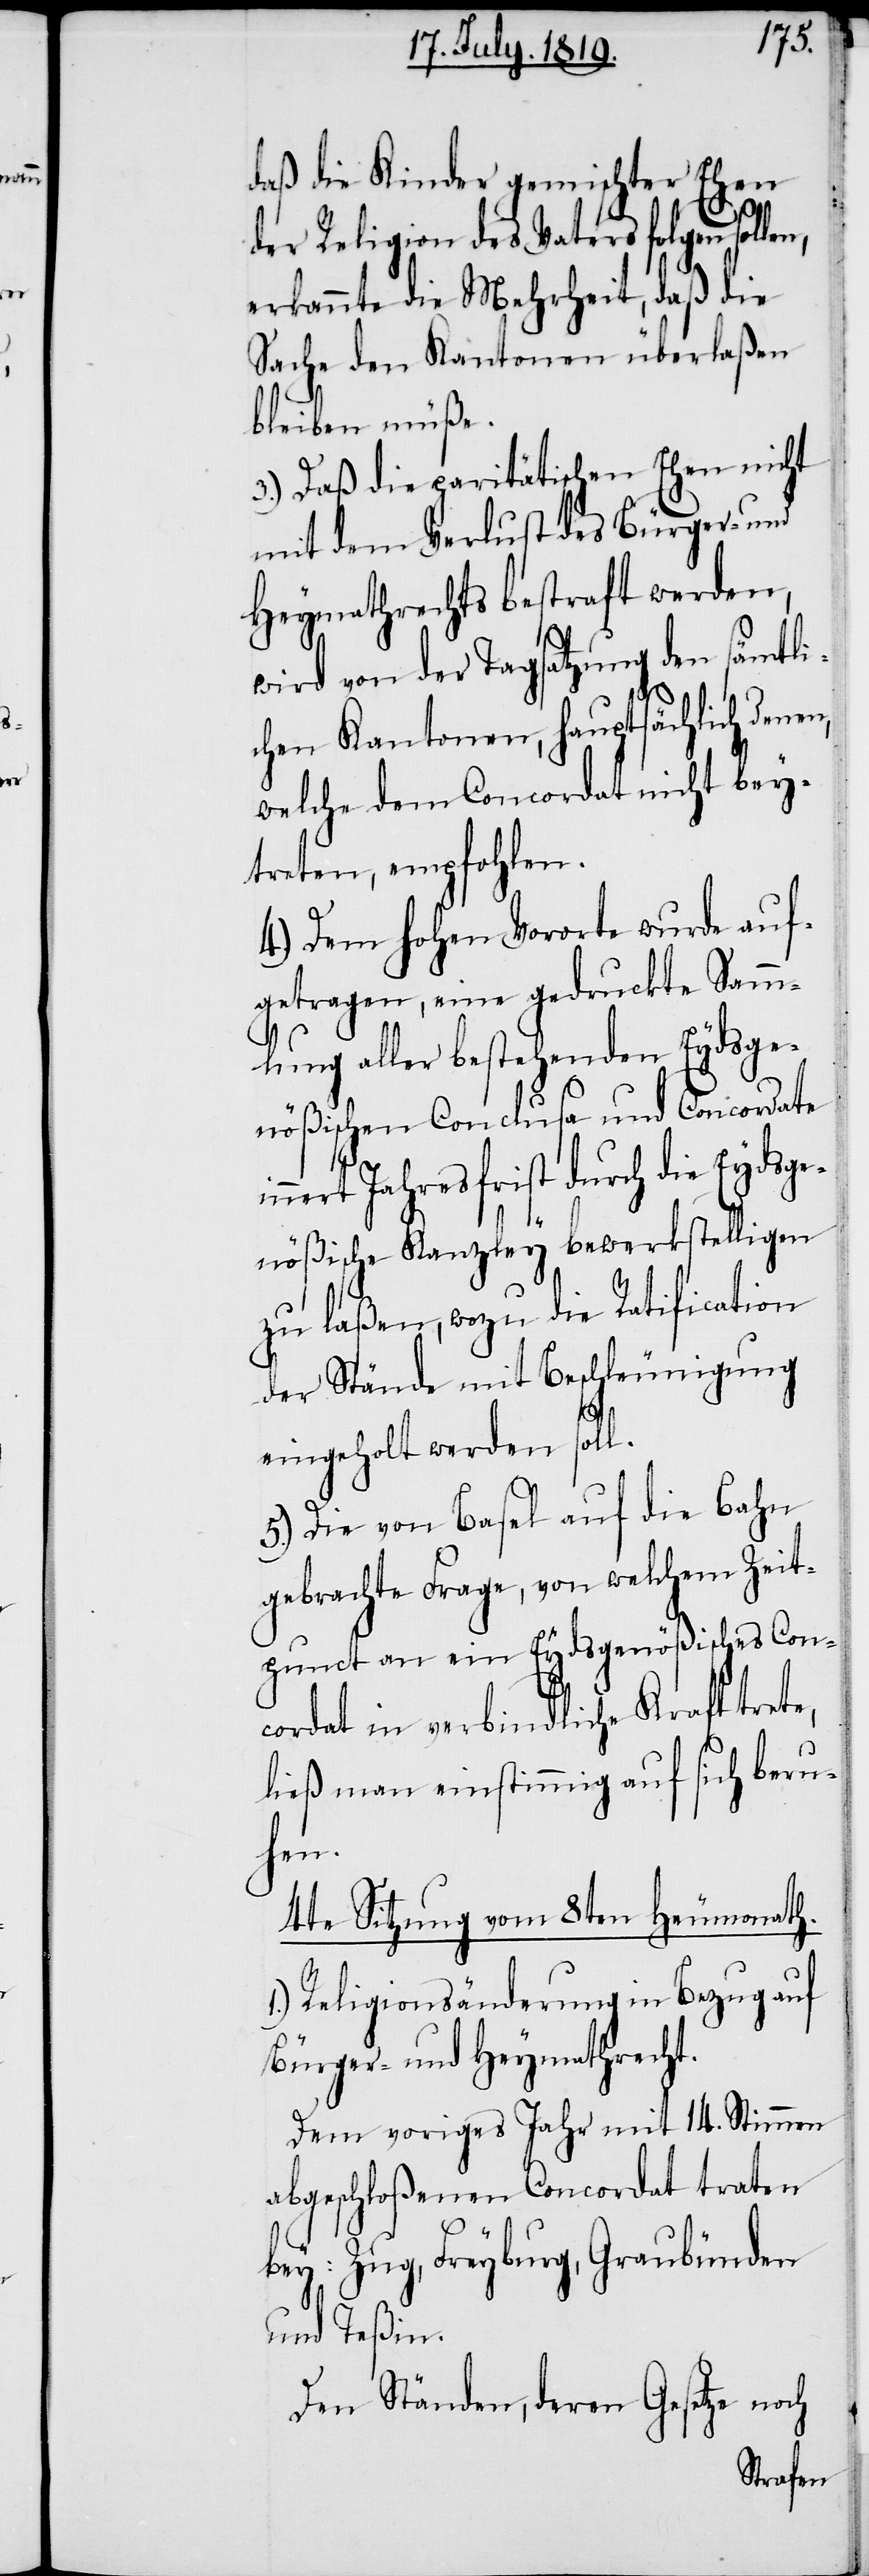
ößis¬

daß die Kinder gemischter Ehen
der Religion des Vaters folgen solle¬
erkannte die Mehrheit, daß die
Sache den Kantonen überlaßen
bleiben müße.
3.) Daß die paritätischen Ehen nicht
mit dem Verlust des Bürger- und
Heymathrechts bestraft werden,
wird von der Tagsatzung den sämtli¬
chen Kantonen, hauptsächlich den¬
welche dem Concordat nicht bey¬
treten, empfohlen.
4.) Dem hohen Vororte wurde auf¬
getragen, eine gedruckte Samm¬
nößischen Conclusa und Concordate
nert Jahresfrist durch die Eydsgen¬
zu laßen, wozu die Ratification
der Stände mit Beschleunigung
eingeholt werden soll.
5.) Die von Basel auf die Bahn
gebrachte Frage, von welchem Zeit¬
punct an ein Eydsgenößisches Con¬
cordat in verbindliche Kraft trete,
ließ man einstimmig auf sich beru¬
hen.
4te Sitzung vom 8ten Heumonath.
1.) Religionsänderung in Bezug auf
Bürger- und Heymathrecht.
Dem voriges Jahr mit 14. Stimmen
abgeschloßenen Concordat traten
bey: Zug, Freyburg, Graubünden
und Teßin.
Den Ständen, deren Gesetze noch